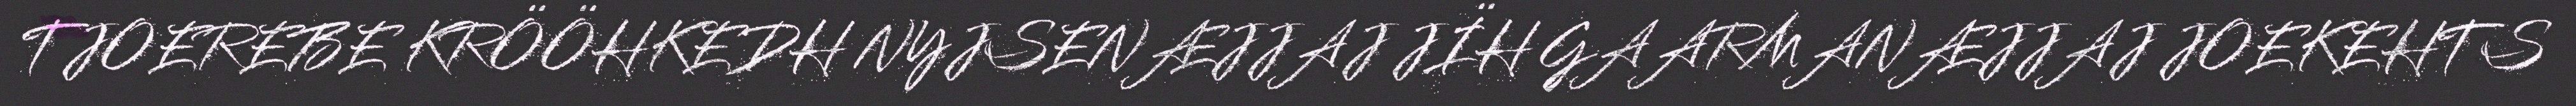
TJOEREBE KRÖÖHKEDH NYJSENÆJJAJ JÏH GAARMANÆJJAJ JOEKEHTS